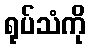
ရုပ်သံကို